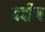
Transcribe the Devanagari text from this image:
बर्दीज